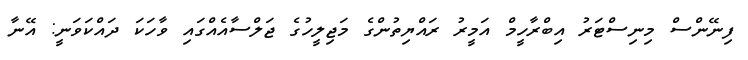
ފިނޭންސް މިނިސްޓަރު އިބްރާހީމް އަމީރު ރައްޔިތުންގެ މަޖިލީހުގެ ޖަލްސާއެއްގައި ވާހަކަ ދައްކަވަނީ: އޭނާ